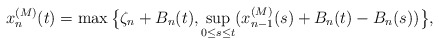
\begin{align*}x_n^{(M)}(t)= \max\big\{\zeta_n+B_n(t),\sup_{0\leq s \leq t}(x_{n-1}^{(M)}(s)+B_n(t)-B_n(s))\big\},\end{align*}